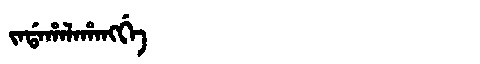
Manchu: ᠵᠠᡩᠠᡥᠠᠯᠠᡥᠠᠩᡤᡝ
Romanization: JADAHALAHANGGE